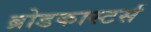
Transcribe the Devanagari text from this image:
ब्रोडकास्टर्स